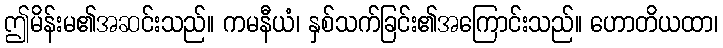
ဤမိန်းမ၏အဆင်းသည်။ ကမနီယံ၊ နှစ်သက်ခြင်း၏အကြောင်းသည်။ ဟောတိယထာ၊